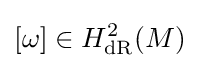
[\omega ]\in H_{\text{dR}}^{2}(M)